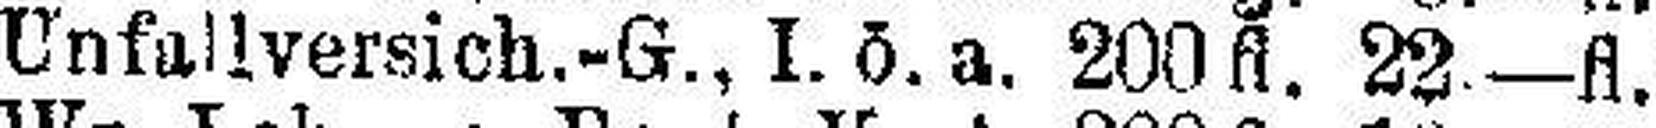
Unfallversich.-G., I.ö.a. 200fl. 22.—fl.